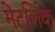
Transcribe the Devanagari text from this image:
मेटलिक